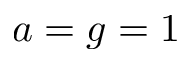
a = g = 1